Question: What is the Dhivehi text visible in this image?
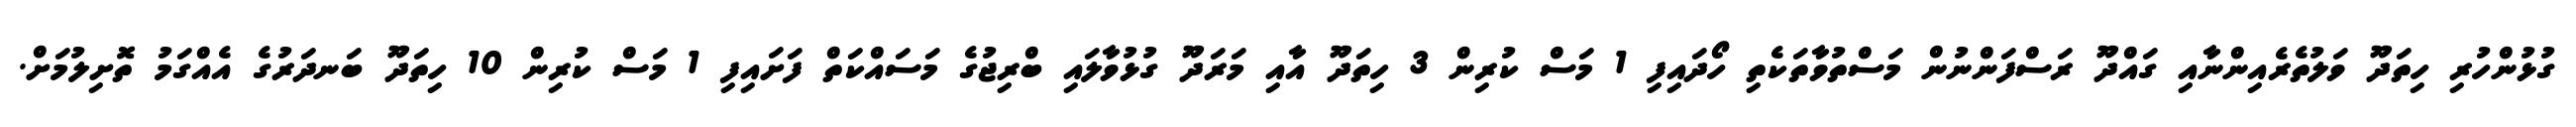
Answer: ގުޅުންހުރި ހިތަދޫ ވަލުތެރެއިންނާއި ގައްދޫ ރަސްފަންނުން މަސްތުވާތަކެތި ހޯދައިފި 1 މަސް ކުރިން 3 ހިތަދޫ އާއި މަރަދޫ ގުޅުވާލައި ބްރިޖުގެ މަސައްކަތް ފަށައިފި 1 މަސް ކުރިން 10 ހިތަދޫ ބަނދަރުގެ އެއްގަމު ތޮށިލުމަށް.